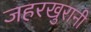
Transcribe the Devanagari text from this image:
जहरखुरानी